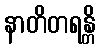
နာတိတရန္တိ